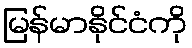
မြန်မာနိုင်ငံကို